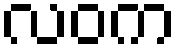
လဝက